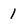
Character: 1